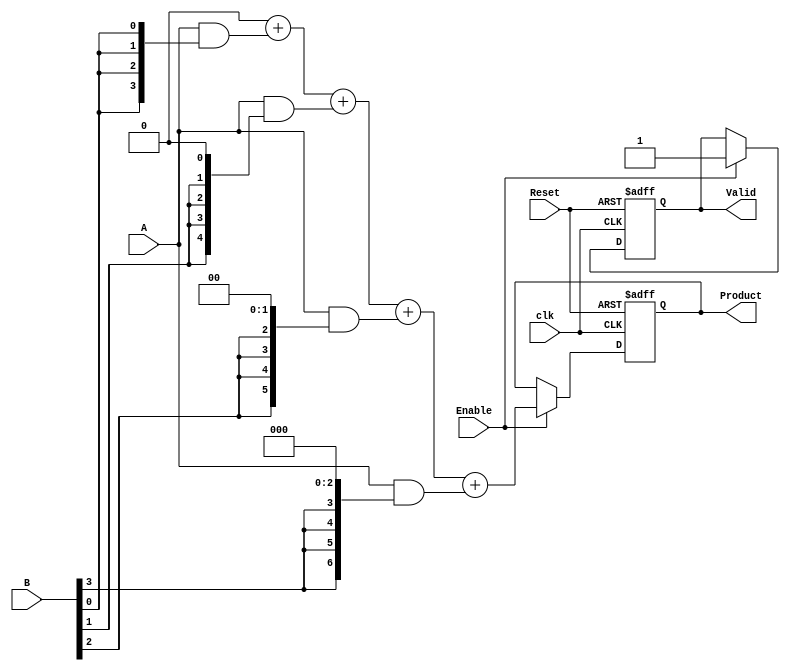
module PartialProductAccumulator #(
    parameter N = 4,  // Number of bits in multiplicand
    parameter M = 4   // Number of bits in multiplier
)(
    input [N-1:0] A,           // Operand 1 (multiplicand)
    input [M-1:0] B,           // Operand 2 (multiplier)
    input Enable,              // Control signal
    input Reset,               // Asynchronous reset
    input clk,                 // Clock signal
    output reg [N+M-1:0] Product, // Final product output
    output reg Valid           // Output valid signal
);

reg [N+M-1:0] partial_products [0:M-1]; // Array to hold partial products
reg [N+M-1:0] sum;                       // Intermediate sum
integer i;

// Combinational block to generate partial products
always @(*) begin
    for (i = 0; i < M; i = i + 1) begin
        partial_products[i] = A & {N{B[i]}} << i; // Generate partial product and shift left
    end
end

// Accumulation process
always @(posedge clk or posedge Reset) begin
    if (Reset) begin
        Product <= 0;             // Clear the product on reset
        Valid <= 0;               // Clear the valid signal
    end else if (Enable) begin
        sum = 0;                  // Initialize sum
        for (i = 0; i < M; i = i + 1) begin
            sum = sum + partial_products[i]; // Accumulate partial products
        end
        Product <= sum;           // Update the product
        Valid <= 1;               // Raise valid signal
    end
end

endmodule